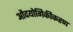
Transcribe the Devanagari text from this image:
औदयोगिकीकरण